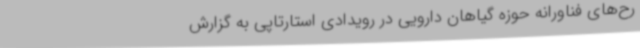
رح‌های فناورانه حوزه گیاهان دارویی در رویدادی استارتاپی به گزارش